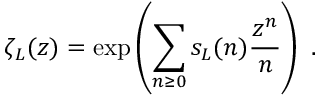
\zeta _ { L } ( z ) = \exp \left( { \sum _ { n \geq 0 } s _ { L } ( n ) { \frac { z ^ { n } } { n } } } \right) \ .